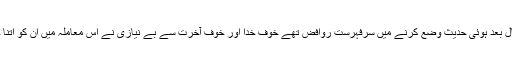
وضع حدیث کی ابتدا ہجرت نبوی ﷺ کے چالیس سال بعد ہوئی حدیث وضع کرنے میں سرفہرست روافض تھے خوفِ خدا اور خوف آخرت سے بے نیازی نے اس معاملہ میں ان کو اتنا جری بنا دیا کہ وہ ہر چیز کو حدیث بنادیتے تھے ۔